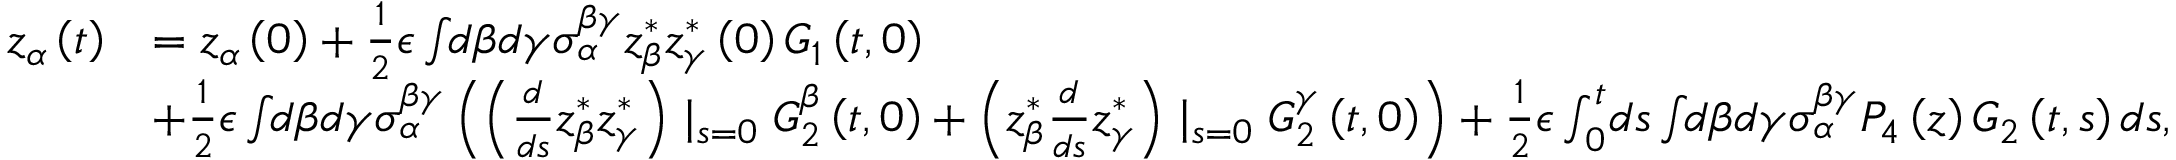
\begin{array} { r l } { z _ { \alpha } \left( t \right) } & { = z _ { \alpha } \left( 0 \right) + \frac { 1 } { 2 } \epsilon \int \! \! d \beta d \gamma \sigma _ { \alpha } ^ { \beta \gamma } z _ { \beta } ^ { * } z _ { \gamma } ^ { * } \left( 0 \right) G _ { 1 } \left( t , 0 \right) } \\ & { + \frac { 1 } { 2 } \epsilon \int \! \! d \beta d \gamma \sigma _ { \alpha } ^ { \beta \gamma } \left( \left( \frac { d } { d s } z _ { \beta } ^ { * } z _ { \gamma } ^ { * } \right) \mid _ { s = 0 } G _ { 2 } ^ { \beta } \left( t , 0 \right) + \left( z _ { \beta } ^ { * } \frac { d } { d s } z _ { \gamma } ^ { * } \right) \mid _ { s = 0 } G _ { 2 } ^ { \gamma } \left( t , 0 \right) \right) + \frac { 1 } { 2 } \epsilon \int _ { 0 } ^ { t } \! d s \int \! \! d \beta d \gamma \sigma _ { \alpha } ^ { \beta \gamma } P _ { 4 } \left( z \right) G _ { 2 } \left( t , s \right) d s , } \end{array}